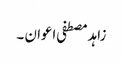
زاہد مصطفی اعوان ۔